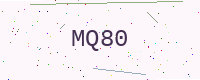
Text: MQ80